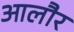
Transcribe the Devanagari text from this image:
आलौर